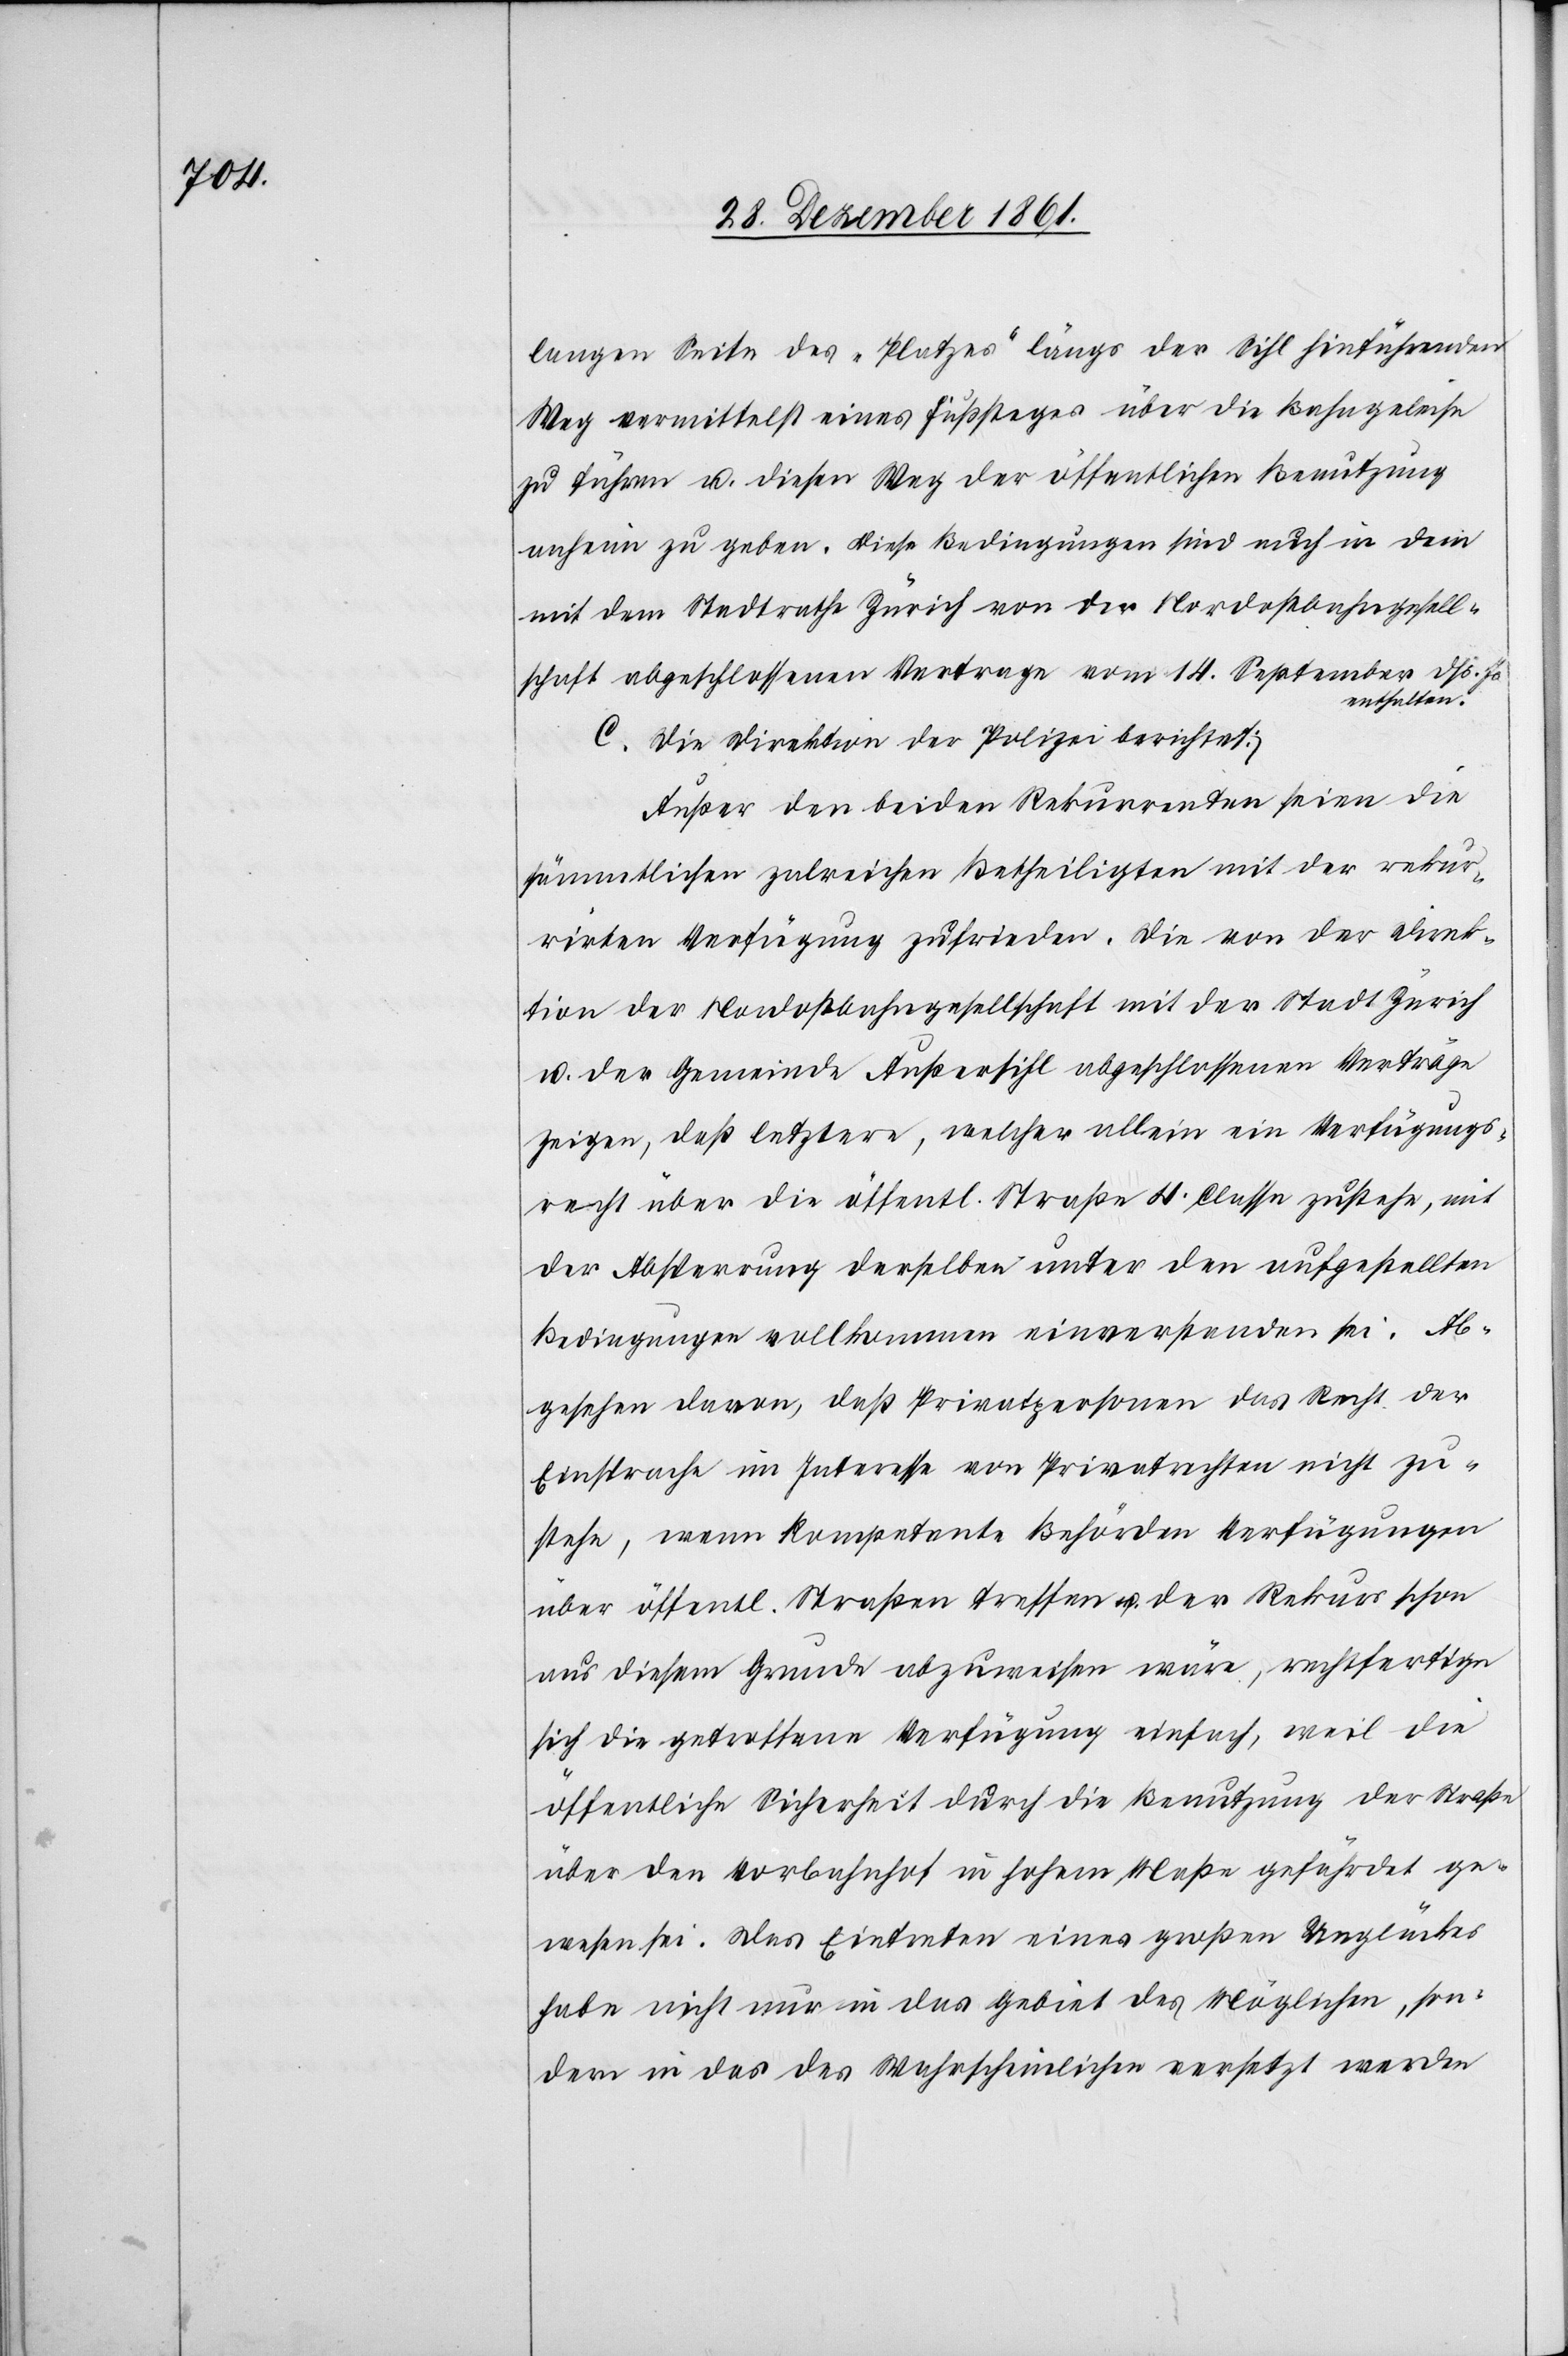
langen Seite des „Platzes“ längs der Sihl hinzuführenden
Weg vermittelt eines Fußsteges über die Bahngeleise
zu führen u. diesen Weg der öffentlichen Benutzung
anheim zu geben. Diese Bedingungen sind auch n dem
mit dem Stadtrathe Zürich von der Nordostbahngesell¬
schaft abgeschlossenen Vertrage vom 14 September dss. Js.
enthalten.
C. Die Direktion der Polizei berichtet:
Außer den beiden Rekurrenten seien die
sämmtlichen zalreichen Betheiligten mit der rekur¬
rirten Verfügung zufrieden. Die von der Direk¬
tion der Nordostbahngsellschaft mit der Stadt Zürich
u. der Gemeinde Außersihl abgeschlossenen Verträge
zeigen, daß letztere, welcher allein ein Verfügungs¬
recht über die öffentl. Straße 4 Classe zustehe, mit
der Absperrung derselben unter den aufgestellten
Bedingungen vollkommen einverstanden sei. Ab¬
gesehen davon, daß Privatpersonen das Recht der
Einsprache im Interesse von Privatrechten nicht zu¬
stehe, wenn Kompetente Behörden Verfügungen
über öffentl. Straßen treffen u. der Rekurs schon
aus diesem Grunde abzuweisen wäre, rechtfertige
sich die getroffene Verfügung einfach, weil die
öffentliche Sicherheit durch die Benutzung der Straße
über den Vorbahnhof in hohem Maße gefährdet ge¬
wesen sei. Das Eintreten eines großen Unglückes
habe nicht nur in das Gebiet des Möglichen, son¬
dern in das des Wahrscheinlichen versetzt werden